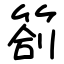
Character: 箚